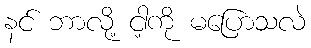
နင် ဘာလို့ ငါ့ကို မပြောသလဲ